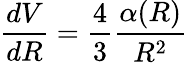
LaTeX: {\frac{dV}{dR}}={\frac{4}{3}}{\frac{\alpha(R)}{R^{2}}}